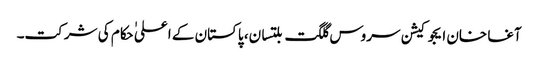
آغا خان ایجوکیشن سروس گلگت بلتسان، پاکستان کے اعلی ٰحکام کی شرکت۔